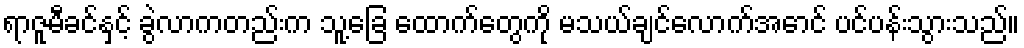
ရာဇူမီခင်နှင့် ခွဲလာကတည်းက သူ့ခြေ ထောက်တွေကို မသယ်ချင်လောက်အောင် ပင်ပန်းသွားသည်။